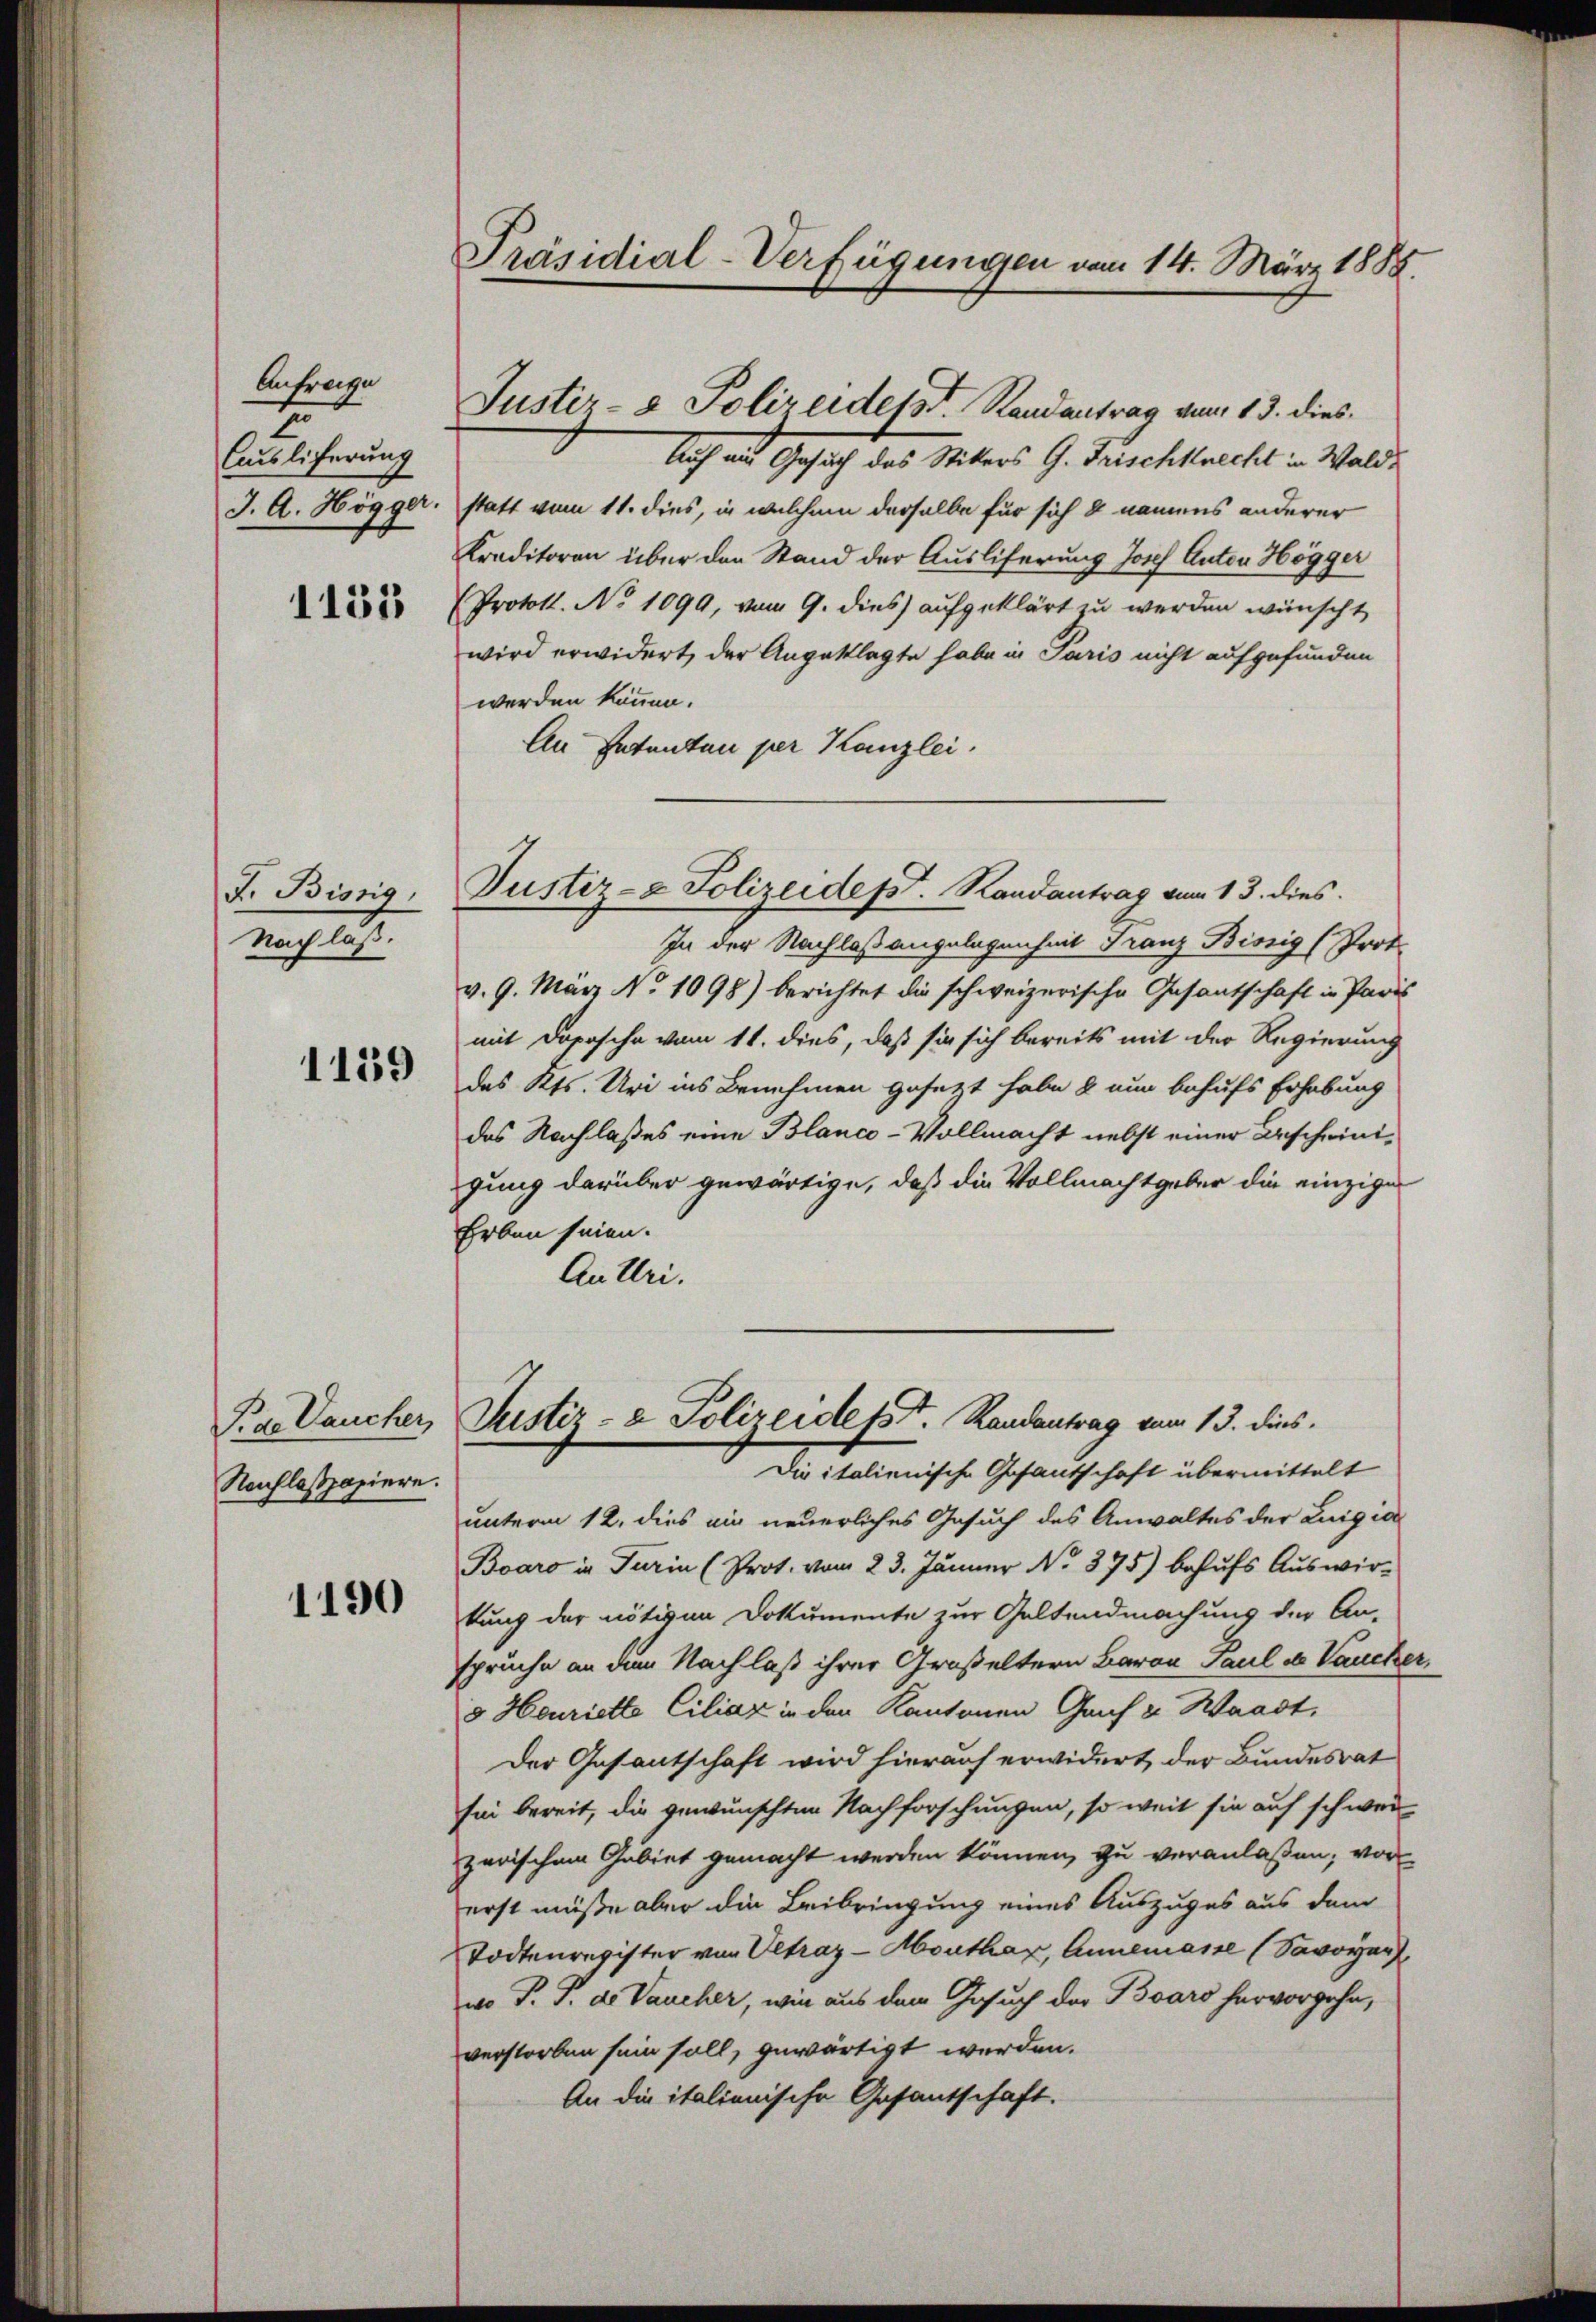
Antrage
t
Auslieferung
J. A. Högger.
1132

F. Bissig,
mustel
1159

Pide Daucher,
Nachlasspapiere.

1190

Präsidial-Verfügungen vom 14. März 1888.

Justiz- & Polizeidesst. Randantrag vom 13. dies

Auch ein Gesuch des Stikers G. Frischknecht in Waldstatt vom 11. dies, in welchem derselbe für sich & namens anderer
Kreditoren über den Stand der Ausliferung Josef Anton Högger
Protot. No 1099, vom 9. dies aufgeklärt zu werden wünscht,
wird erwidert, der Angeklagte habe in Paris nicht aufgefunden
werden können.
An Petenten per Kanzlei,
In der Nachlaßangelegenheit Franz Bissig (Prot
v. 9. März No 1098) berichtet die schweizerische Gesantschaft in Paris
mit Dopische vom 11. dies, daß sie sich bereits mit der Regierung
des Kts. Uri ins Benehmen gesezt habe & nun behufs Erhebung
das Nachlasses eine Blanco-Vollmacht nebst einer Gescheinigung darüber gewärtige, daß die Vollmacht geber die einzige
Erben seien.
Autri.
Justiz- & Polizeidesst. Randantrag vom 13. dies
Die italienische Gesantschaft übermittelt
unterm 12. dies ein neuerliches Gesuch des Anwaltes der Luigia
Boaro in Turin (Prot. vom 23. Jänner No. 875) behufs Auswir-
kung der nötiven Dokumente zur Geltendmachung der An-
spruche an dem Nachlaß ihrer Großeltern Baron Paul de Vauche
v Henriette Ciliaz in den Kantonen Graf u. Waadt,
Der Gesantschaft wird hierauf erwidert der Bundesrat
sei bereit, die gewünschten Nachforschungen, so weit sie auf schweizerischem Gebiet gemacht werden können, zu veranlaßen, vor
erst müße aber die Beibringung eines Auszuges aus dem
Todtenregister von Oltraz-Monther, Annemasse (Savoyer
wo P. P. de Vaucher, wie aus dem Gesuch der Baars hervorgehen,
verstorben sein soll, gewärtigt werden.
An die italienische Gesantschaft.

Justiz- & Polizeidept. Randantrag vom 13. dies